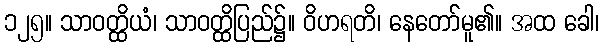
၁၂၅။ သာဝတ္ထိယံ၊ သာဝတ္ထိပြည်၌။ ဝိဟရတိ၊ နေတော်မူ၏။ အထ ခေါ၊